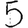
Digit: 5